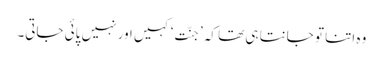
وہ اتنا تو جانتا ہی تھا کہ ’جنّت‘ کہیں اور نہیں پائی جاتی۔